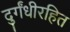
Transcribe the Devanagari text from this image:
दुर्गंधीरहित